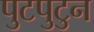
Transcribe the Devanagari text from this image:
पुटपुटुन